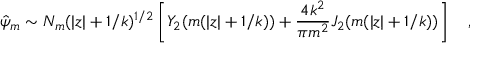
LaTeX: \hat { \psi } _ { m } \sim N _ { m } ( | z | + 1 / k ) ^ { 1 / 2 } \left[ Y _ { 2 } ( m ( | z | + 1 / k ) ) + { \frac { 4 k ^ { 2 } } { \pi m ^ { 2 } } } J _ { 2 } ( m ( | z | + 1 / k ) ) \right] \quad ,